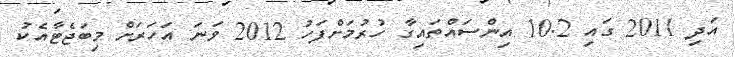
އަދި 2011 ގައި 10.2 އިންސައްތައިގާ ހުރުމަށްފަހު 2012 ވަނަ އަހަރަށް މިބަޖެޓާއެކު